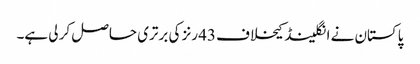
پاکستان نے انگلینڈ کیخلاف 43 رنز کی برتری حاصل کر لی ہے۔